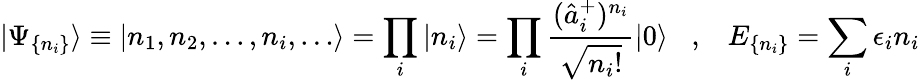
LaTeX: |\Psi_{\{ n_{i}\} }\rangle\equiv|n_{1},n_{2},\dots,n_{i},\dots\rangle=\prod_{i}|n_{i}\rangle=\prod_{i}\frac{(\hat{a}_{i}^{+})^{n_{i}}}{\sqrt{n_{i}!}}|0\rangle\; \; \; ,\; \; \; E_{\{ n_{i}\} }=\sum_{i}\epsilon_{i}n_{i}